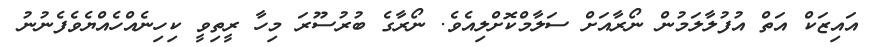
އައިޒަކް އަތް އުފުލާލަމުން ނޯރާއަށް ސަލާމްކޮށްލިއެވެ. ނޯރާގެ ބުރުސޫރަ މިހާ ރީތިވީ ކިހިނެއްހެއްޔެވެފެނުނު